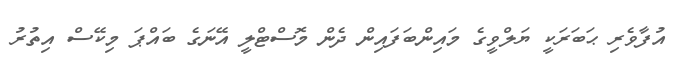
އުފާވެރި ޙަބަރަކީ ޔަލްވީގެ މައިންބަފައިން ދެން މޮސްޓްލީ އޭނަގެ ބައްޕަ މިކޭސް އިތުރު